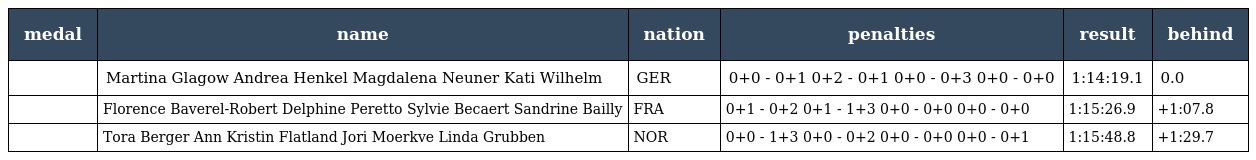
| medal | name | nation | penalties | result | behind |
 | --- | --- | --- | --- | --- | --- |
 |  | Martina Glagow Andrea Henkel Magdalena Neuner Kati Wilhelm | GER | 0+0 - 0+1 0+2 - 0+1 0+0 - 0+3 0+0 - 0+0 | 1:14:19.1 | 0.0 |
 |  | Florence Baverel-Robert Delphine Peretto Sylvie Becaert Sandrine Bailly | FRA | 0+1 - 0+2 0+1 - 1+3 0+0 - 0+0 0+0 - 0+0 | 1:15:26.9 | +1:07.8 |
 |  | Tora Berger Ann Kristin Flatland Jori Moerkve Linda Grubben | NOR | 0+0 - 1+3 0+0 - 0+2 0+0 - 0+0 0+0 - 0+1 | 1:15:48.8 | +1:29.7 |